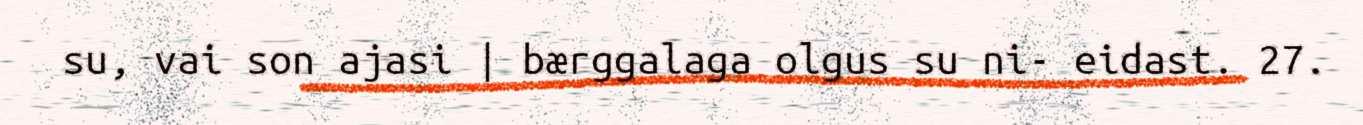
su, vai son ajasi | bærggalaga olgus su ni- eidast. 27.